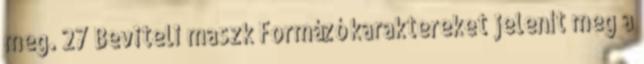
meg. 27 Beviteli maszk Formázó karaktereket jelenít meg a